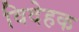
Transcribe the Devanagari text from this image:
विदेहक